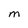
Character: M